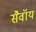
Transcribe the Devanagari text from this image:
सैवॉय